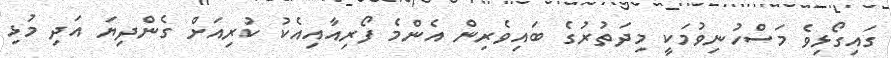
ގައިގޯޅިވެ މަސްހުނިވުމަކީ މިދަތުރުގެ ބައިވެރިން އެންމެ ފޯރިއާއިއެކު ކުރިއަށް ގެންދިޔަ އަދި މުޅި